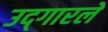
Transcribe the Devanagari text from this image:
उद्‍गारले